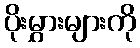
ပိုးမွှားများကို